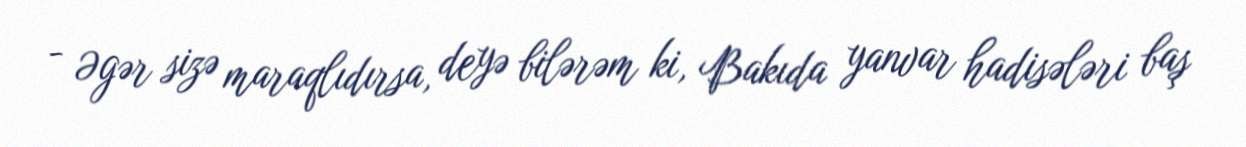
- Əgər sizə maraqlıdırsa, deyə bilərəm ki, Bakıda yanvar hadisələri baş